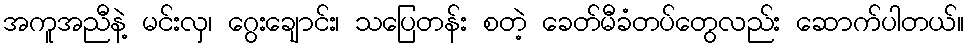
အကူအညီနဲ့ မင်းလှ၊ ဂွေးချောင်း၊ သပြေတန်း စတဲ့ ခေတ်မီခံတပ်တွေလည်း ဆောက်ပါတယ်။